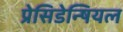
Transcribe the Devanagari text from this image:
प्रेसिडेन्षियल